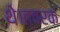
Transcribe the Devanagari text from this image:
थे।त्वरक